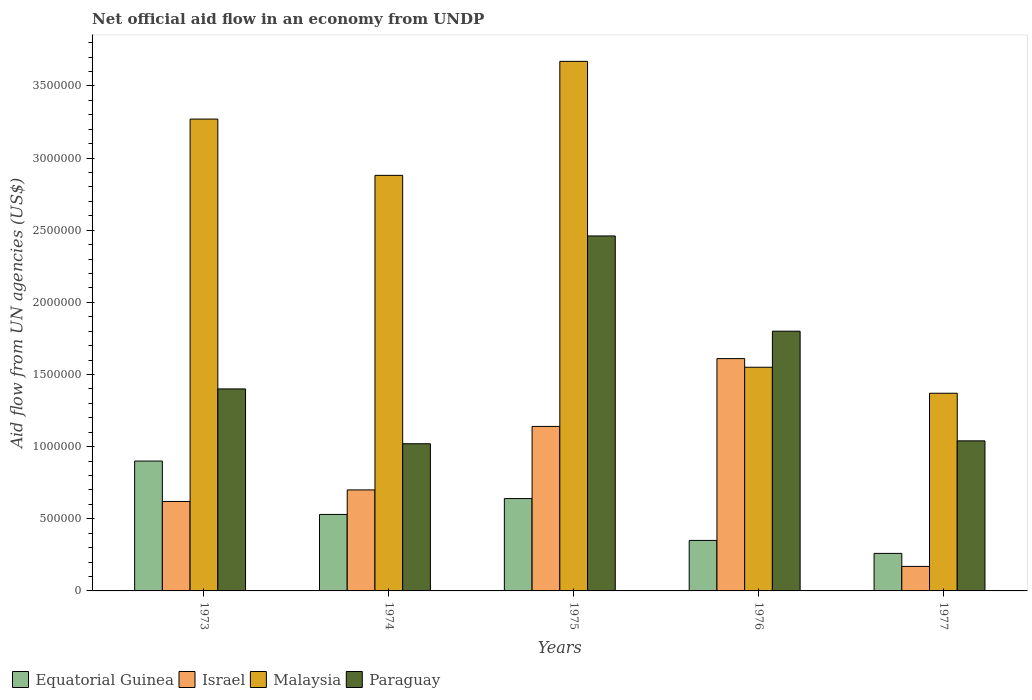
| Years | Equatorial Guinea | Israel | Malaysia | Paraguay |
 | --- | --- | --- | --- | --- |
 | 1973 | 9e+05 | 6.2e+05 | 3.27e+06 | 1.4e+06 |
 | 1974 | 5.3e+05 | 7e+05 | 2.88e+06 | 1.02e+06 |
 | 1975 | 6.4e+05 | 1.14e+06 | 3.67e+06 | 2.46e+06 |
 | 1976 | 3.5e+05 | 1.61e+06 | 1.55e+06 | 1.8e+06 |
 | 1977 | 2.6e+05 | 1.7e+05 | 1.37e+06 | 1.04e+06 |